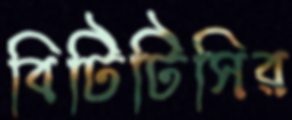
বিটিটিসির